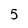
Character: 5